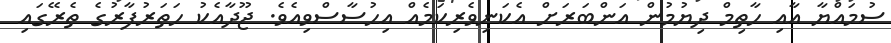
ސުމައްޔާ އާއި ހާތިމް ދިޔުމުން އަންބަރަށް އެކަނިވެރިކަމެއް އިހުސާސްވިއެވެ. ޖޫދާއެކު ހަތަރުފާރުގެ ތެރޭގައި